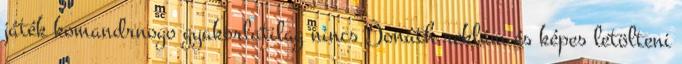
játék komandrnogo gyakorlatilag nincs Donáth reklám és képes letölteni